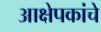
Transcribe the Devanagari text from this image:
आक्षेपकांचे